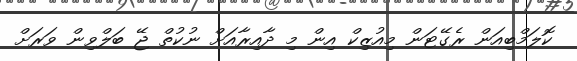
ކޮލަމްބިއަން ރެގޭޓަން މިއުޒިކް އިން މި ދާއިރާއަށް ނުކުތް ޖޭ ބަލްވިން ވަރަށް